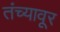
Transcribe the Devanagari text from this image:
तंच्यावूर